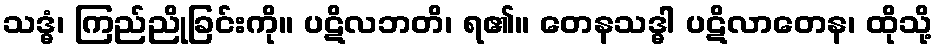
သဒ္ဓံ၊ ကြည်ညိုခြင်းကို။ ပဋိလဘတိ၊ ရ၏။ တေနသဒ္ဓါ ပဋိလာတေန၊ ထိုသို့